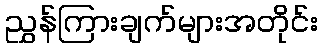
ညွှန်ကြားချက်များအတိုင်း